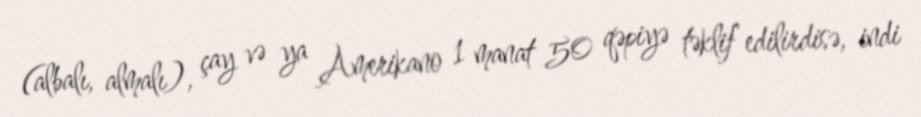
(albalı, almalı), çay və ya Amerikano 1 manat 50 qəpiyə təklif edilirdisə, indi